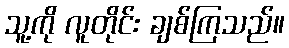
သူ့ကို လူတိုင်း ချစ်ကြသည်။